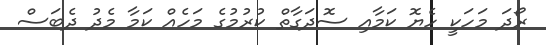
ރޯދަ މަހަކީ ހެޔޮ ކަމާއި ސޮދަގާތް ކުރުމުގެ މަހެއް ކަމާ މެދު ދެބަސް